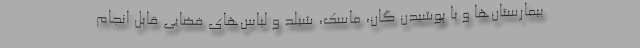
بیمارستان‌ها و با پوشیدن گان، ماسک، شیلد و لباس‌های فضایی قابل انجام